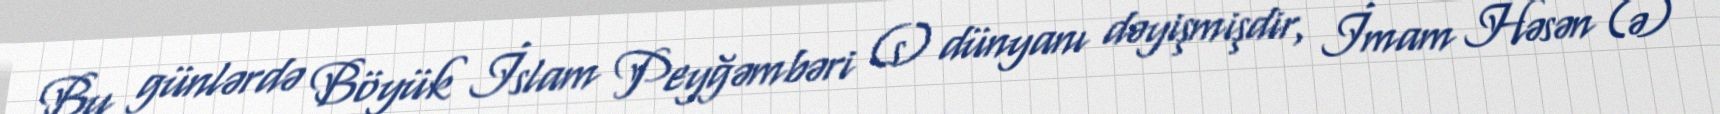
Bu günlərdə Böyük İslam Peyğəmbəri (s) dünyanı dəyişmişdir, İmam Həsən (ə)